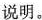
说明。